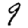
Digit: 9